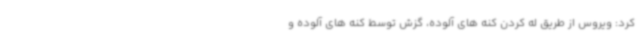
کرد: ویروس از طریق له کردن کنه های آلوده، گزش توسط کنه های آلوده و